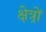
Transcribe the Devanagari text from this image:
क्षेत्र्रों